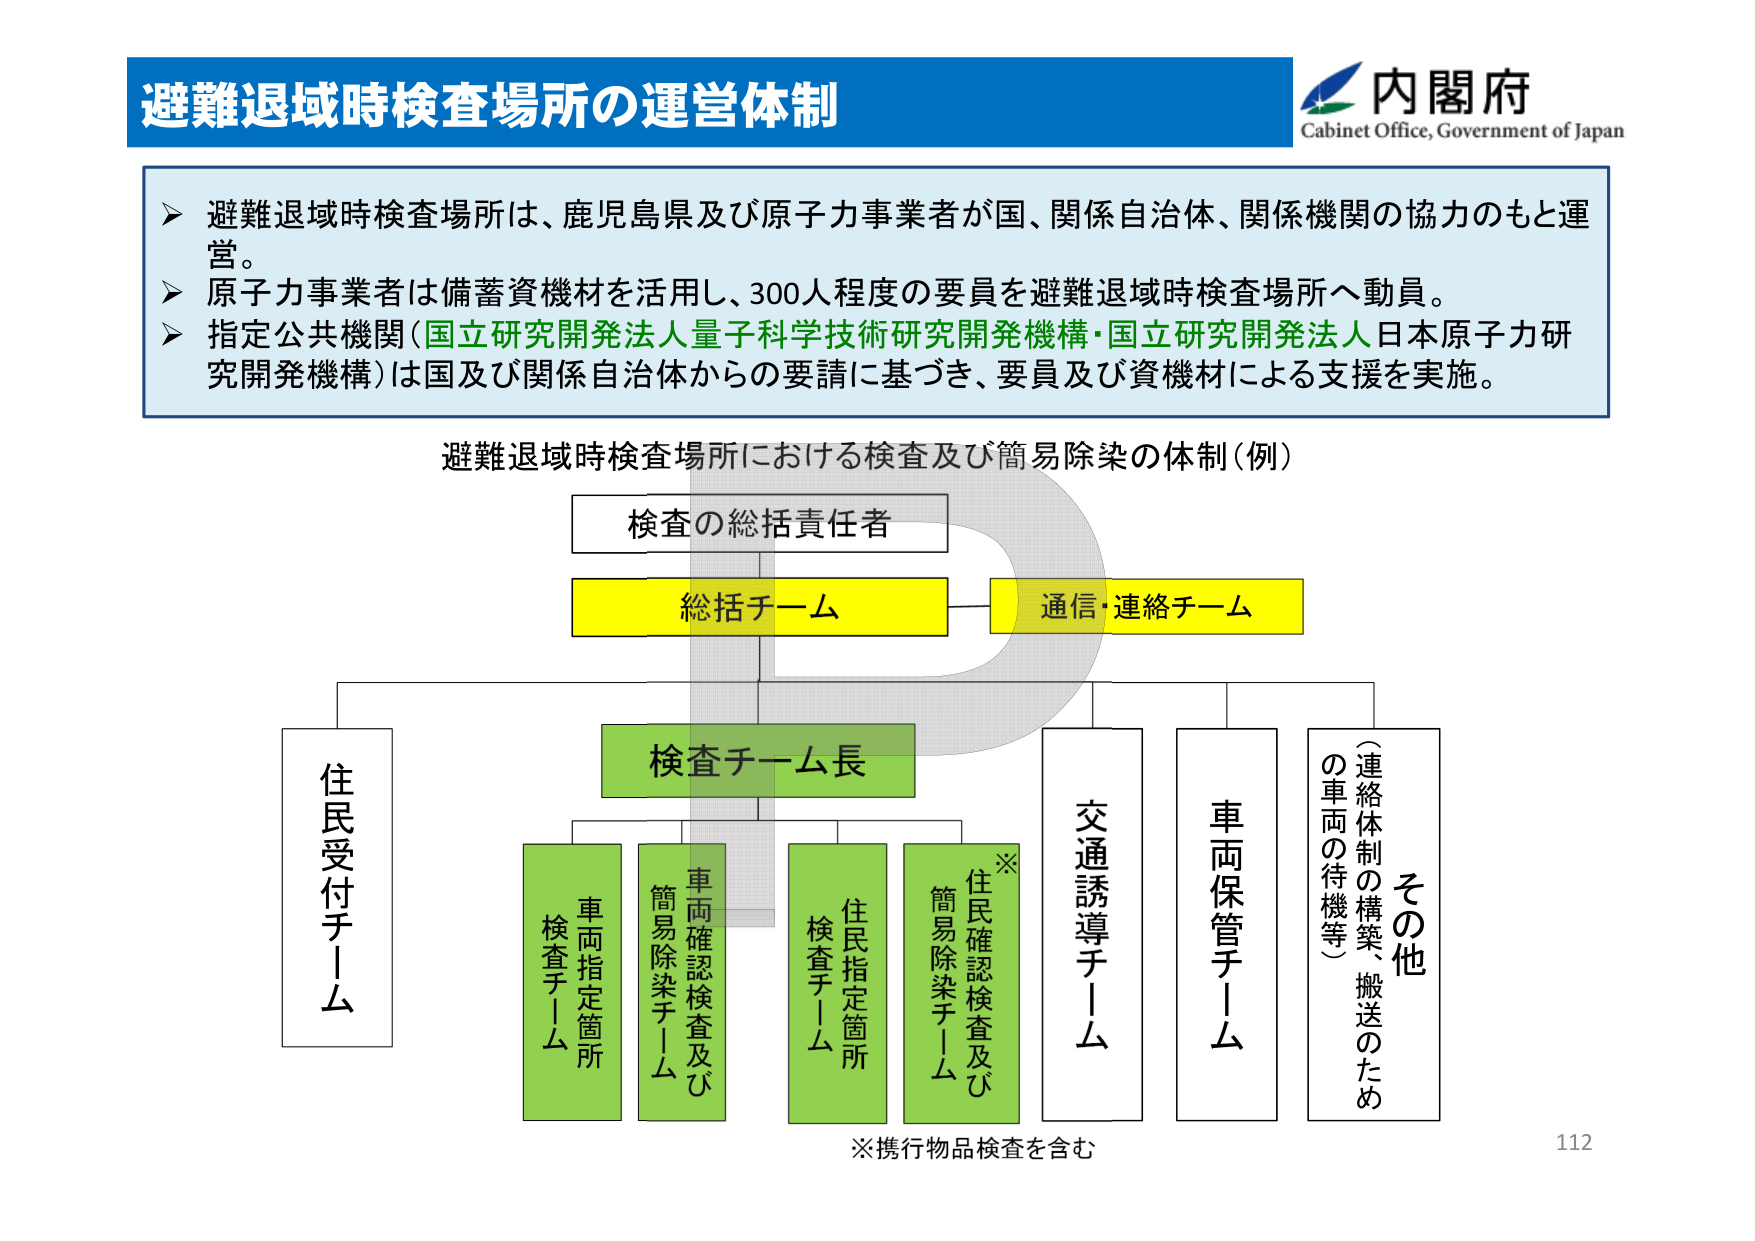
避難退域時検査場所の運営体制

内閣府
Cabinet Office, Government of Japan

➤ 避難退域時検査場所は、鹿児島県及び原子力事業者が国、関係自治体、関係機関の協力のもと運営。
➤ 原子力事業者は備蓄資機材を活用し、300人程度の要員を避難退域時検査場所へ動員。
➤ 指定公共機関（国立研究開発法人量子科学技術研究開発機構・国立研究開発法人日本原子力研究開発機構）は国及び関係自治体からの要請に基づき、要員及び資機材による支援を実施。

避難退域時検査場所における検査及び簡易除染の体制（例）

検査の総括責任者

総括チーム
通信・連絡チーム

住民受付チーム

検査チーム長

車両指定箇所
検査チーム

車両確認検査及び
簡易除染チーム

住民指定箇所
検査チーム

住民確認検査及び
簡易除染チーム
※

交通誘導チーム

車両保管チーム

その他
（連絡体制の構築、搬送のため
の車両の待機等）

※携行物品検査を含む

112